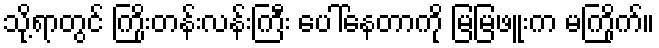
သို့ရာတွင် ကြိုးတန်းလန်းကြီး ပေါ်နေတာကို မြမြဖူးက မကြိုက်။